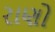
રાણો